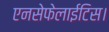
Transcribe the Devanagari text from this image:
एनसेफेलाईटिस।